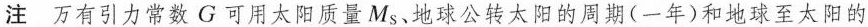
注万有引力常数G可用大阳质量M_{s}。地球公转太阳的周期(一年)和地球至太阳的